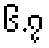
၆.၇